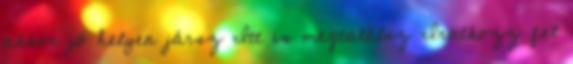
akkor jó helyen jársz Itt is megtalálsz Iratkozz fel